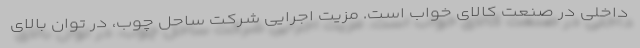
داخلی در صنعت کالای خواب است. مزیت اجرایی شرکت ساحل چوب، در توان بالای